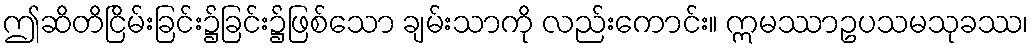
ဤဆိတိငြိမ်းခြင်း၌ခြင်း၌ဖြစ်သော ချမ်းသာကို လည်းကောင်း။ ဣမဿာဥပသမသုခဿ၊